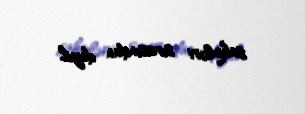
sakinləri sırasından deyil.